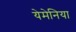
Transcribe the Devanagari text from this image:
येमेनिया